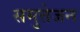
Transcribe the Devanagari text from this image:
समुत्तेजन